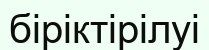
біріктірілуі